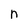
Character: n